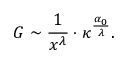
G \sim \frac { 1 } { x ^ { \lambda } } \cdot \kappa ^ { \frac { \alpha _ { 0 } } { \lambda } } .